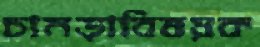
চামড়াবিষয়ক